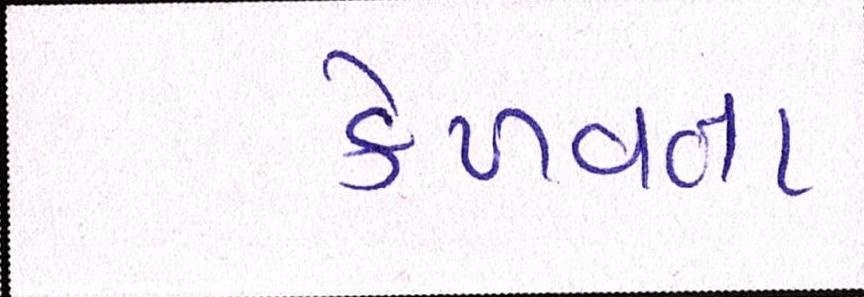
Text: કેળવતા